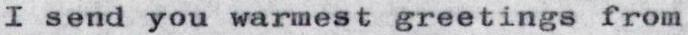
I send you warmest greetings from